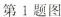
第1题图